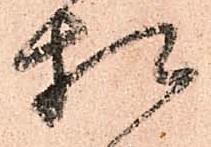
相